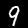
Label: 9